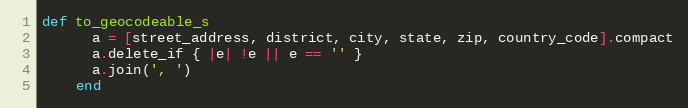
Language: Ruby
def to_geocodeable_s
      a = [street_address, district, city, state, zip, country_code].compact
      a.delete_if { |e| !e || e == '' }
      a.join(', ')
    end